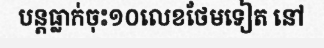
បន្តធ្លាក់ចុះ១០លេខថែមទៀត នៅ